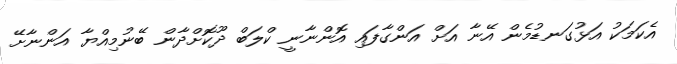
އެކަމަކު އަޅުގަނޑުމެން އޭނާ އަށް އަންގާފައި އޮންނާނީ ކްލަބް ދޫކޮށްދާން ބޭނުމިއްޔާ އަންނާށޭ